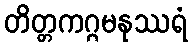
တိတ္တကဂ္ဂမနုဿရံ